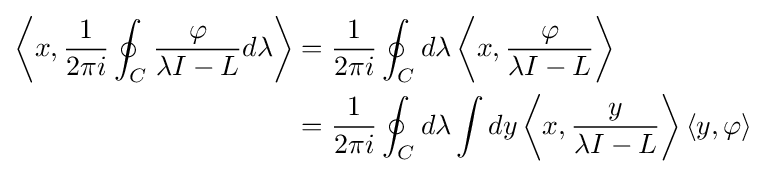
{\begin{aligned}\left\langle x,{\frac {1}{2\pi i}}\oint _{C}{\frac {\varphi }{\lambda I-L}}d\lambda \right\rangle &={\frac {1}{2\pi i}}\oint _{C}d\lambda \left\langle x,{\frac {\varphi }{\lambda I-L}}\right\rangle \\&={\frac {1}{2\pi i}}\oint _{C}d\lambda \int dy\left\langle x,{\frac {y}{\lambda I-L}}\right\rangle \langle y,\varphi \rangle \end{aligned}}